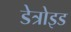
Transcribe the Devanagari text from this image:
डेत्रोइड